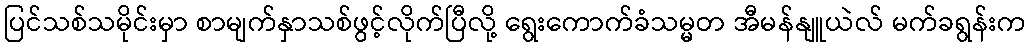
ပြင်သစ်သမိုင်းမှာ စာမျက်နှာသစ်ဖွင့်လိုက်ပြီလို့ ရွေးကောက်ခံသမ္မတ အီမန်နျူယဲလ် မက်ခရွန်းက